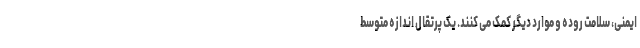
ایمنی، سلامت روده و موارد دیگر کمک می کنند. یک پرتقال اندازه متوسط